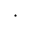
\cdot